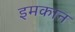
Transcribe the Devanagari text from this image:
इमकान